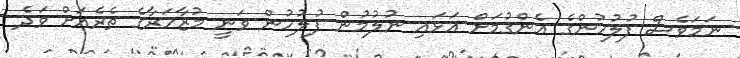
ނަމަވެސް ފުލުހުންގެ އެންގުމަށް އަޅައި ނުލުމުން ފުލުހުން ވަނީ މުޒާހަރާގެ ތެރެއަށް ވަދެ